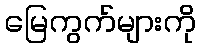
မြေကွက်များကို